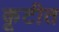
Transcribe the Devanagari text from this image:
कूटीत